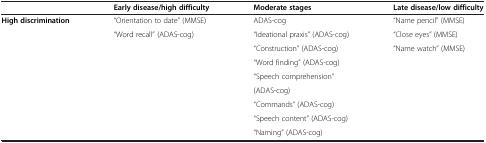
<table><thead><tr><td><b> </b></td><td><b>Early disease/high difficulty</b></td><td><b>Moderate stages</b></td><td><b>Late disease/low difficulty</b></td></tr></thead><tbody><tr><td rowspan="9"><b>High discrimination</b></td><td>“Orientation to date” (MMSE)</td><td>ADAS-cog</td><td>“Name pencil” (MMSE)</td></tr><tr><td rowspan="8">“Word recall” (ADAS-cog)</td><td>“Ideational praxis” (ADAS-cog)</td><td>“Close eyes” (MMSE)</td></tr><tr><td>“Construction” (ADAS-cog)</td><td rowspan="7">“Name watch” (MMSE)</td></tr><tr><td>“Word finding” (ADAS-cog)</td></tr><tr><td>“Speech comprehension”</td></tr><tr><td>(ADAS-cog)</td></tr><tr><td>“Commands” (ADAS-cog)</td></tr><tr><td>“Speech content” (ADAS-cog)</td></tr><tr><td>“Naming” (ADAS-cog)</td></tr></tbody></table>